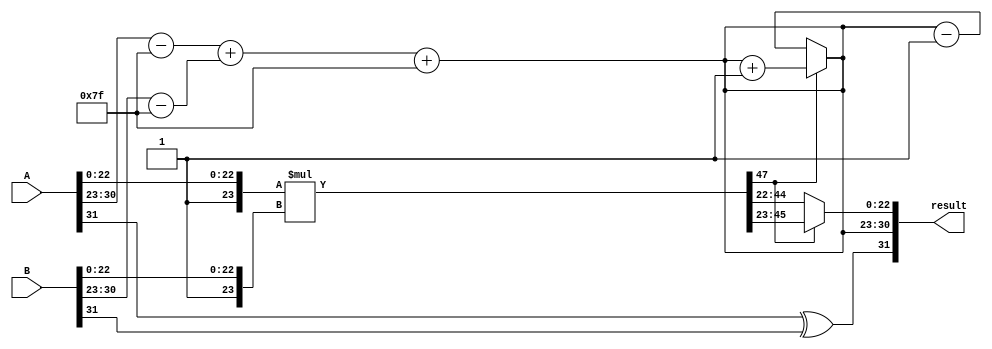
module floating_point_multiplier (
    input [31:0] A, // First input floating-point number
    input [31:0] B, // Second input floating-point number
    output reg [31:0] result // Output floating-point number
);

// Decode the inputs
wire sign_A = A[31];
wire sign_B = B[31];
wire [7:0] exponent_A = A[30:23];
wire [7:0] exponent_B = B[30:23];
wire [22:0] mantissa_A = A[22:0];
wire [22:0] mantissa_B = B[22:0];

// Intermediate signals
wire [7:0] exponent_result;
wire [47:0] mantissa_result;
wire sign_result;
wire [23:0] mantissa_result_normalized;

// Bias for single-precision floating point
parameter bias = 8'd127;

// Calculate sign of the result
assign sign_result = sign_A ^ sign_B;

// Calculate exponent result
wire signed [8:0] exponent_combined;
assign exponent_combined = (exponent_A - bias) + (exponent_B - bias) + bias;

assign exponent_result = exponent_combined[7:0]; // Handling overflow by using only lower 8 bits

// Calculate mantissa result with implicit leading 1
wire [23:0] normalized_mantissa_A = {1'b1, mantissa_A}; // Add leading 1
wire [23:0] normalized_mantissa_B = {1'b1, mantissa_B}; // Add leading 1
assign mantissa_result = normalized_mantissa_A * normalized_mantissa_B;

// Normalize mantissa and handle exponent adjustments
always @(*) begin
    if (mantissa_result[47]) begin // If the result is 24 bits
        mantissa_result_normalized = mantissa_result[46:23]; // Keep the top 23 bits
        exponent_result = exponent_result + 1; // Increment exponent
    end else begin
        mantissa_result_normalized = mantissa_result[45:22]; // Right shift if it's not a normalized number
        exponent_result = exponent_result - 1; // Decrement exponent
    end
end

// Assemble output
always @(*) begin
    // Final result assembly
    result[31] = sign_result; // Sign bit
    result[30:23] = exponent_result; // Exponent field
    result[22:0] = mantissa_result_normalized[22:0]; // Mantissa field
end

endmodule